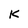
Character: K